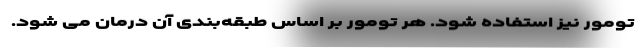
تومور نیز استفاده شود. هر تومور بر اساس طبقه‌بندی آن درمان می شود.